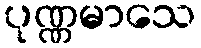
ပုဏ္ဏမာသေ